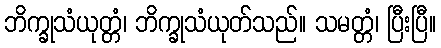
ဘိက္ခုသံယုတ္တံ၊ ဘိက္ခုသံယုတ်သည်။ သမတ္တံ၊ ပြီးပြီ။